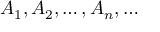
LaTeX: A _ { 1 } , A _ { 2 } , \dots , A _ { n } , \dots